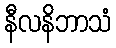
နီလနိဘာသံ